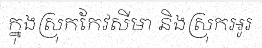
ក្នុងស្រុកកែវសីមា និងស្រុកអូរ